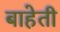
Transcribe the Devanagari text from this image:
बाहेती